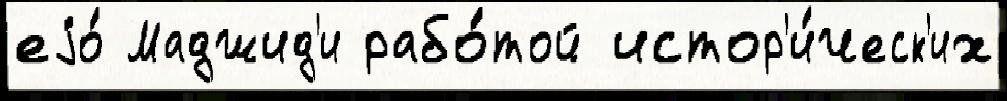
еjо́ Маджид'и рабо́той истор'и́ческ'их